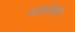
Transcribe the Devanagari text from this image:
पाकोच्के